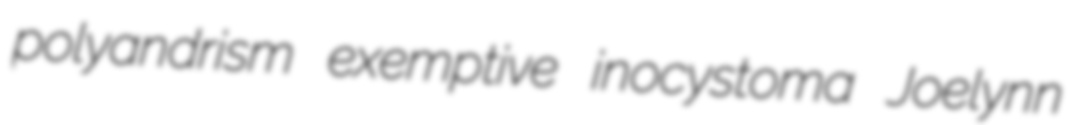
polyandrism exemptive inocystoma Joelynn